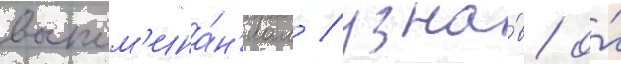
воспом'ина́н'иам / узна́в о́